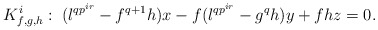
\begin{align*}K^i_{f,g,h}:\; (\l^{qp^{ir}} - f^{q+1} h)x - f (\l^{qp^{ir}} - g^q h)y + fhz = 0.\end{align*}